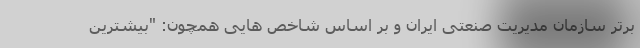
برتر سازمان مدیریت صنعتی ایران و بر اساس شاخص هایی همچون: "بیشترین